Vaccination North-Western Provinces and Oudh 1878-1895 - 1878-1895
Year: 1878
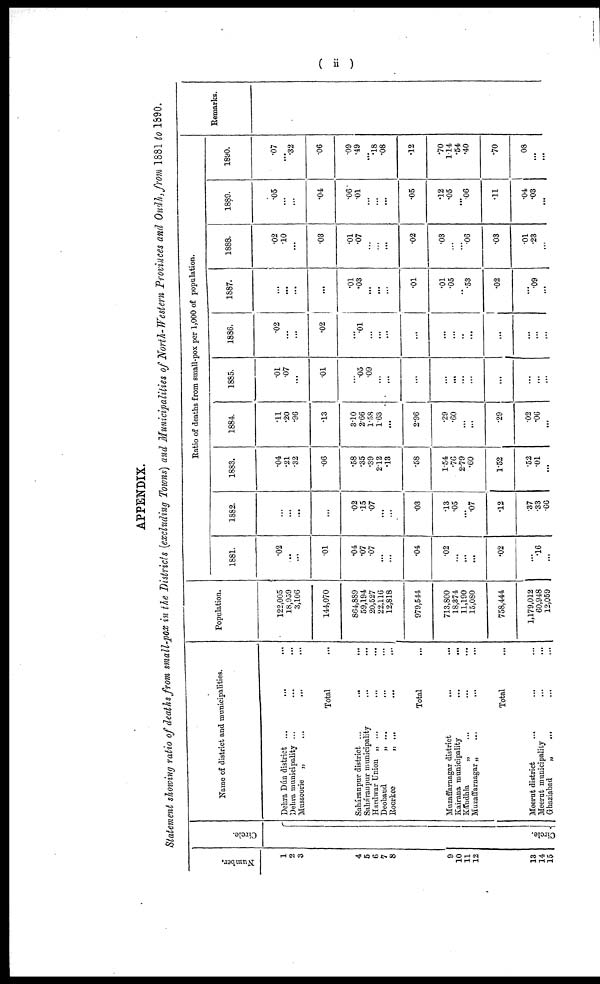
( ii )
APPENDIX.
Statement showing ratio of deaths from small-pox in the Districts (excluding Towns) and Municipalities of North-Western Provinces and Oudh, from 1881 to 1890.
Number.
1
2
3
4
5
6
7
8
9
10
11
12
13
14
15
Circle.
Circle.
Name of district and municipalities.
Dehra Dún district ... ... ...
Dehra Municipality ... ... ...
Mussoorie „ ... ... ...
Total ...
Saháranpur district
...
...
...
Saháranpur municipality ... ... ...
Hardwar Union „ ... ... ...
Deoband
„ ... ... ...
Roorkee
„ ... ... ...
Total ...
Muzaffarnagar district
„
...
...
...
Kairana municipality
...
...
...
Kándhla
„ ... ... ...
Muzaffarnagar „ ... ... ...
Total ...
Meerut district
...
...
...
Meerut municipality ... ... ...
Ghaziabad
„ ... ... ...
Population.
122,005
18,959
3,106
144,070
864,889
59,194
20,527
22,116
12,818
979,544
713,800
18,374
11,190
15,080
758,444
1,179,012
60,948
12,059
Ratio of deaths from small-pox per 1,000 of population.
1881.
.02
...
...
.01
.04
.07
.07
...
...
.04
.02
...
...
...
.02
...
.16
...
1882.
...
...
...
...
.02
.15
.07
...
.03
.13
.05
...
.07
.12
.37
.33
.66
1883.
.04
.21
.32
.06
.58
.35
.39
2.12
.13
.58
1.54
.76
2.79
.60
1.52
.52
.01
...
1884.
.11
.20
.96
.13
3.10
2.66
1.58
1.63
...
2.96
.29
.60
...
...
.29
.02
.06
...
1885.
.01
.07
...
.01
...
.05
.09
...
...
...
...
...
...
...
...
...
...
...
1886.
.02
...
...
.02
...
.01
...
...
...
...
...
..
...
...
...
...
...
1887.
...
...
...
...
.01
.03
...
...
.01
.01
.05
..
.53
.02
...
.09
...
1888.
.02
.10
...
.03
.01
.07
...
...
...
.02
.03
...
...
.06
.03
.01
.23
...
1889.
.05
...
...
.04
.06
.01
...
...
...
.05
.12
.05
...
.06
.11
.04
.03
...
1890.
.07
...
.32
.06
.09
.49
...
.18
.08
.12
.70
1.14
.54
.40
.70
.08
...
...
Remarks.